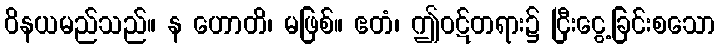
ဝိနယမည်သည်။ န ဟောတိ၊ မဖြစ်။ ဧတံ၊ ဤဝဋ်တရား၌ ငြီးငွေ့ခြင်းစသော